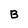
Character: B